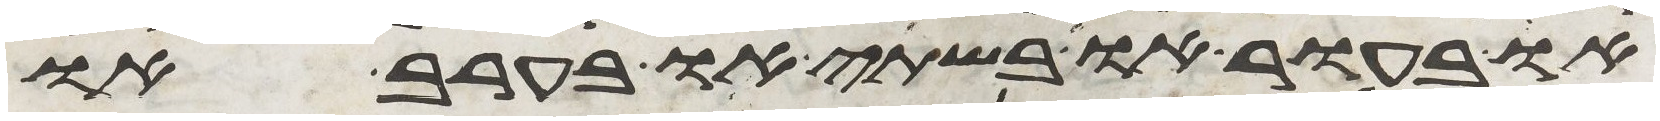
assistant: או בעור או בשתי או בערב או